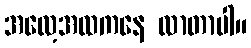
အလေ့အထကနေ လာတာပါ။